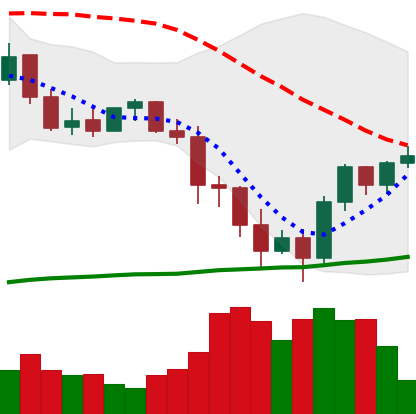
Ticker: BNB-USD
Chart end date: 2022-01-15
Forward return: -11.108%
Label: down_7plus